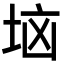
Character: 垴